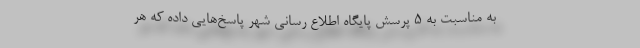
- به مناسبت به 5 پرسش پایگاه اطلاع رسانی شهر پاسخ‌هایی داده که هر